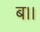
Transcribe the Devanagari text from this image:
ब।।